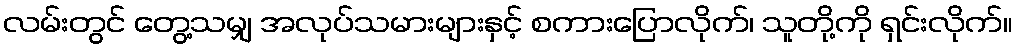
လမ်းတွင် တွေ့သမျှ အလုပ်သမားများနှင့် စကားပြောလိုက်၊ သူတို့ကို ရှင်းလိုက်။